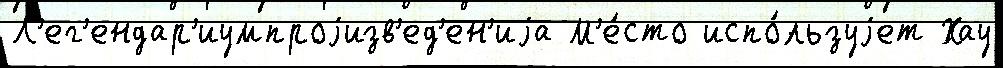
Л'ег'ендар'иумпроjизв'ед'ен'иjа М'е́сто испо́льзуjет Хау